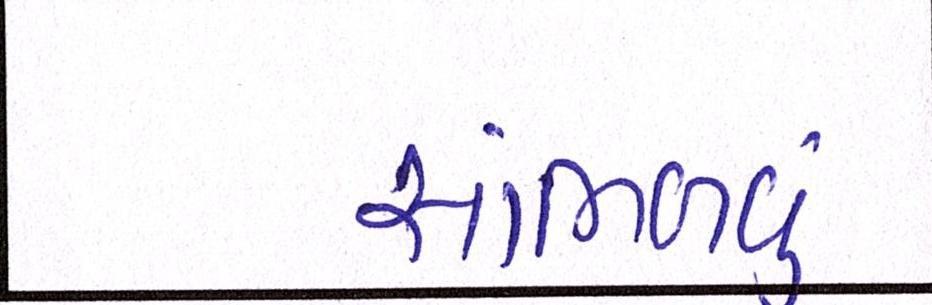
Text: સાંભળવું